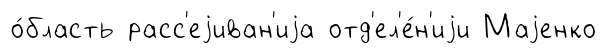
о́бласть расс'еjиван'иjа отд'ел'е́н'иjи Маjенко